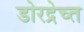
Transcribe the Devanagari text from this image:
डोरद्रेच्त